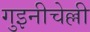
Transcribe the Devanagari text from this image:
गुइनीचेल्ली